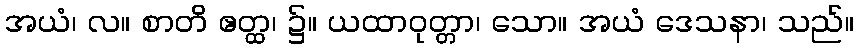
အယံ၊ လ။ စာတိ ဧတ္ထ၊ ၌။ ယထာဝုတ္တာ၊ သော။ အယံ ဒေသနာ၊ သည်။